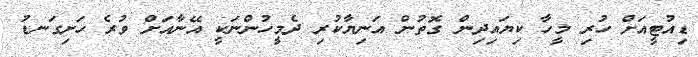
ޑިއުޓީއަށް ހުރި މީހާ ކިޔައިދިން ގޮތުން އަނިޔާކުރި ދެމީހުންނަކީ އޭނާއަށް ވުރެ ހަށިގަނޑު